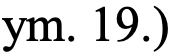
ym. 19.)